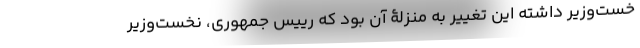
خست‌وزیر داشته این تغییر به منزلۀ آن بود که رییس جمهوری، نخست‌وزیر